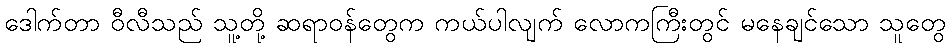
ဒေါက်တာ ဝီလီသည် သူ့တို့ ဆရာဝန်တွေက ကယ်ပါလျက် လောကကြီးတွင် မနေချင်သော သူတွေ